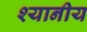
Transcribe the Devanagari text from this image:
श्यानीय